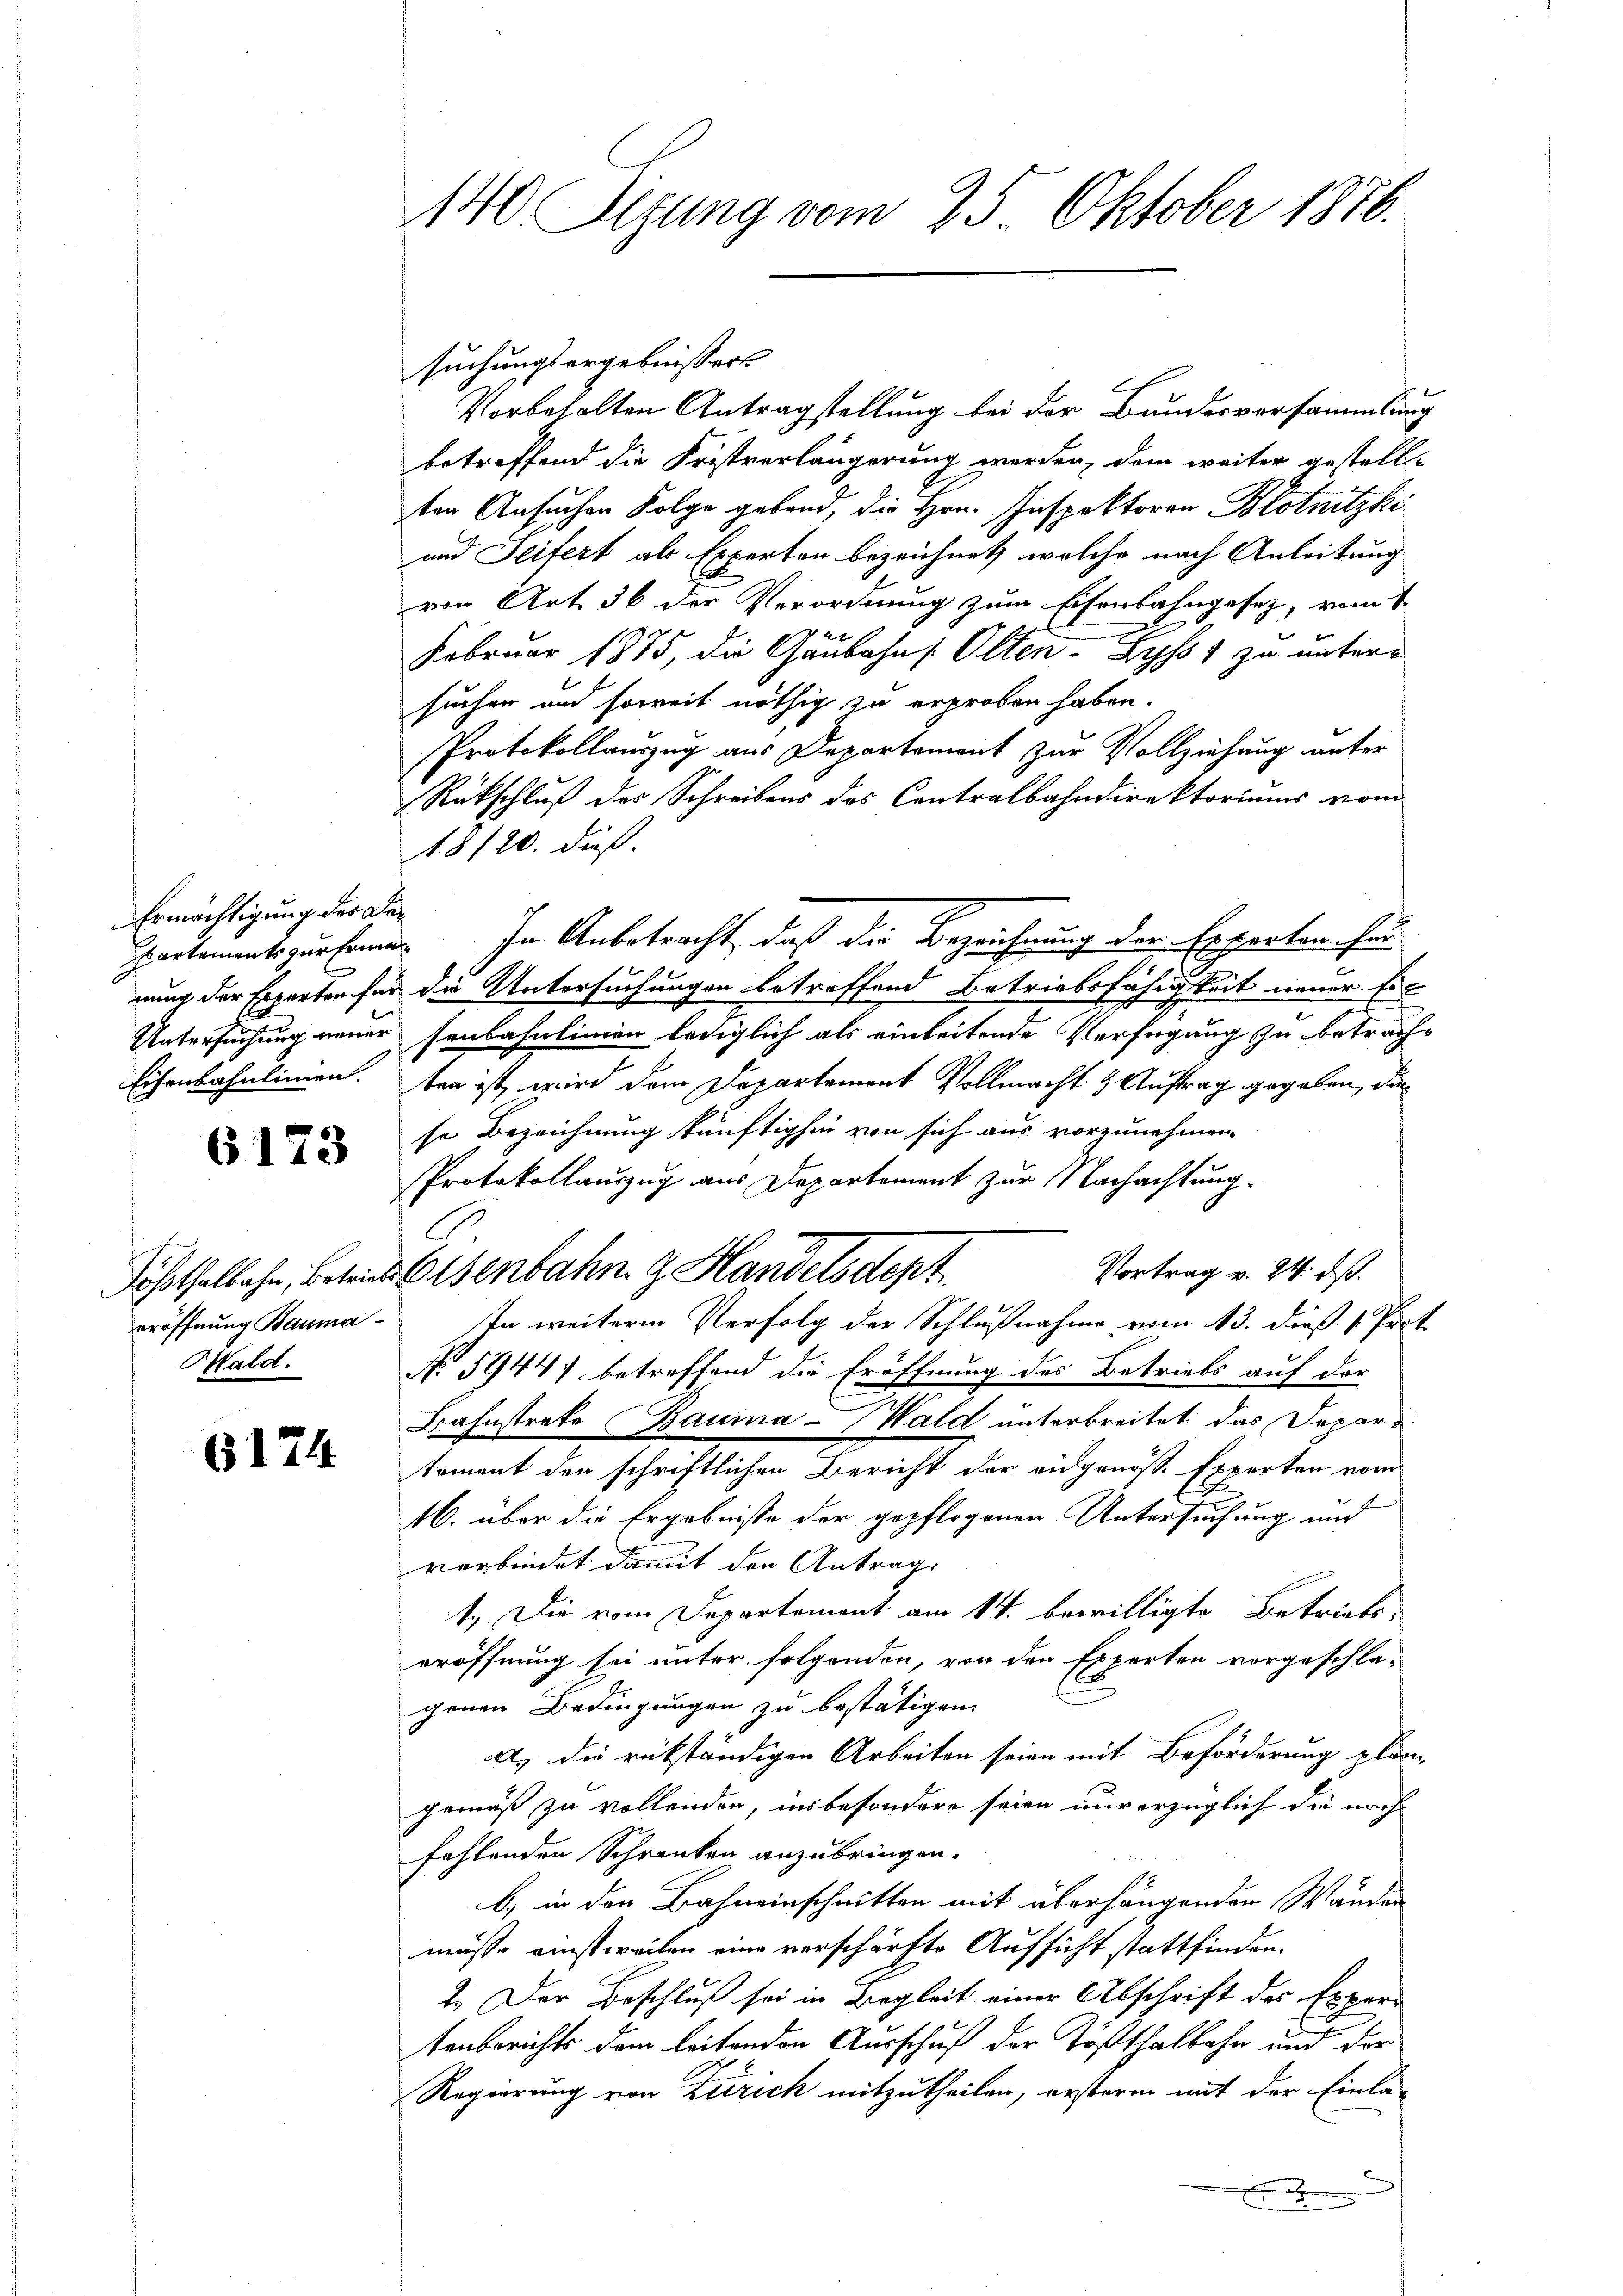
Ermächtigung der De¬
Eisenbahnlinien.

6173

eröffnung Bauma¬
Mald.

6174

suchungsergebnissers
Vorbehalten Antragstellung bei der Bundesversammlung
betreffend die Fristverlängerung werden, dem weiter gestellten Ansuchen Folge gebend, die Hrn. Inspektoren Blotnitzki
und Seifert als Experten bezeichnet, welche nach Anleitung
von Art. 36 der Verordnung zum Eisenbahngesetz, vom 1.
Februar 1875, die Gaubahn Olten- Zyss 1 zu untersuchen und soweit nöthig zu erproben haben.
Protokollauszug aus Departement zur Vollziehung unter
Rückschluß des Schreibens des Centralbahndirektoriums vom
18/20. dieß.
partements zur Ernen In Anbetracht, daß die Bezeichnung der Experten für
nung der Experten für die Untersuchungen betreffend Betriebsfähigkeit neuer Ein
Untersuchung neuer senbahnlinien lediglich als einleitende Verfügung zu betrachben ist, wird dem Departement Vollmacht & Auftrag gegeben, die
se Bezeichnung künftighin von sich aus vorzunehmen.
Protokollauszug aus Departement zur Nachachtung.
C
Vortrag v. 24. dß.
Söhothelbahn, betrete senbahn g Handelsdept
In weitere Verfolg der Schlußnahme vom 13. dieß Prot
No 5944) betreffend die Eröffnung des Betriebs auf der
Bahnstrete Bauma-Wald unterbreitet das Departoment den schriftlichen Bericht der eidgenösse Experten vom
16
16. über die Ergebnisse der gepflogenen Untersuchung und
verbindet damit den Antrage
1.) Die vom Departement am 14. bewilligte Betriebs
eröffnung sei unter folgenden, von den Experten vorgeschla-
E
genen Bedingungen zu bestätigen.
A. die rückständigen Arbeiten seien mit Beförderung plängemäß zu vollenden, insbesondere seien unverzüglich die nach
fehlenden Schranken anzubringen.
b) in der Bahneinschnitten mit überhängenden Wanden
müsse einstweilen eine verschärfte Aufsicht stattfinden.
2.) Der Beschluß sei in Begleit einer Abschrift des Expertenberichts dem leitenden Ausschuß der Tößthalbahn und der
Regierung von Zürich mitzutheilen, erstern mit der Einla-
u
e
5
e

140 Sizung vom 25. Oktober 1876.